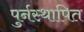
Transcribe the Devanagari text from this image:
पुर्नस्‍थापित